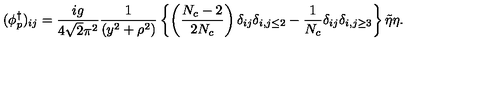
( \phi _ { p } ^ { \dagger } ) _ { i j } = \frac { i g } { 4 \sqrt { 2 } \pi ^ { 2 } } \frac { 1 } { ( y ^ { 2 } + \rho ^ { 2 } ) } \left\{ \left( \frac { N _ { c } - 2 } { 2 N _ { c } } \right) \delta _ { i j } \delta _ { i , j \leq 2 } - \frac { 1 } { N _ { c } } \delta _ { i j } \delta _ { i , j \geq 3 } \right\} \tilde { \eta } \eta .